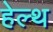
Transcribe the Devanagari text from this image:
हेल्‍थ